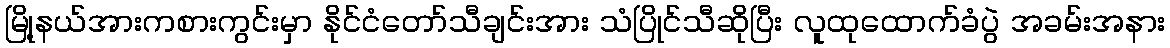
မြို့နယ်အားကစားကွင်းမှာ နိုင်ငံတော်သီချင်းအား သံပြိုင်သီဆိုပြီး လူထုထောက်ခံပွဲ အခမ်းအနား